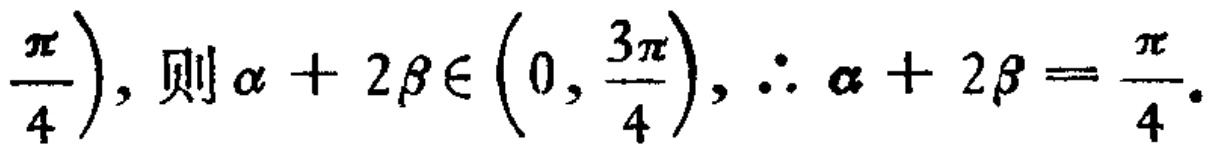
$\frac{\pi}{4})$，则$\alpha + 2\beta\in(0,\frac{3\pi}{4})$，$\therefore \alpha + 2\beta=\frac{\pi}{4}.$